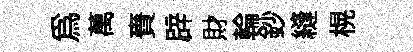
為萬賚辟財輪鈔縫榥